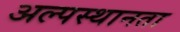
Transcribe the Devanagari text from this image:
अल्पस्थानता